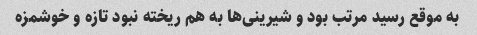
به موقع رسید مرتب بود و شیرینی‌ها به هم ریخته نبود تازه و خوشمزه